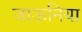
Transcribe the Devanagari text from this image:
जाऊनिया